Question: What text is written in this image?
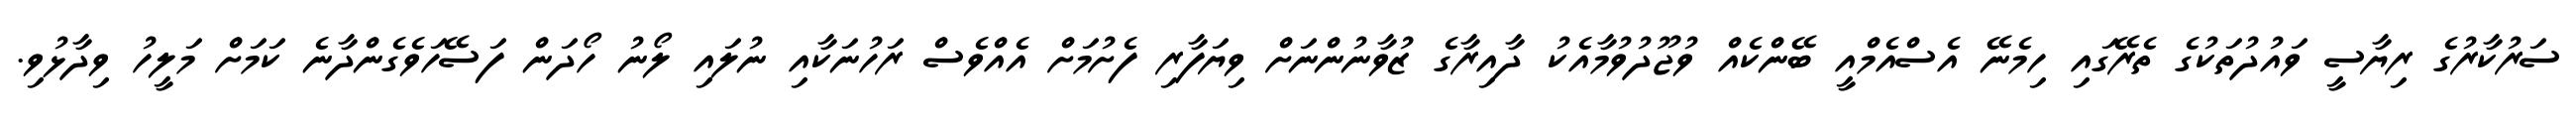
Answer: ސަރުކާރުގެ ރިޔާސީ ވައުދުތަކުގެ ތެރޭގައި ހިމެނޭ އެސްއެމްއީ ބޭންކެއް ވުޖޫދުވުމާއެކު ދާއިރާގެ ޒުވާނުންނަށް ވިޔަފާރި ފެށުމަށް އެއްވެސް ރަހުނަކާއި ނުލައި ލޯނު ހޯދަން ފަސޭހަވެގެންދާނެ ކަމަށް މަލީހު ވިދާޅުވި.